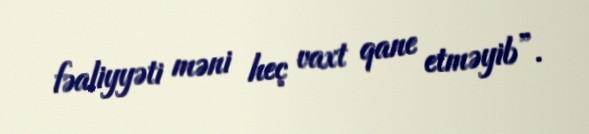
fəaliyyəti məni heç vaxt qane etməyib”.